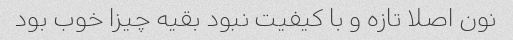
نون اصلا تازه و با کیفیت نبود بقیه چیزا خوب بود